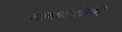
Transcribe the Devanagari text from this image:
मार्कापोलो